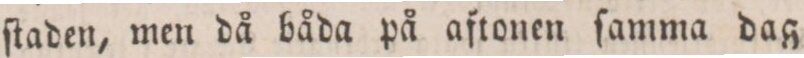
ſtaden, men då båda på aftonen ſamma dag